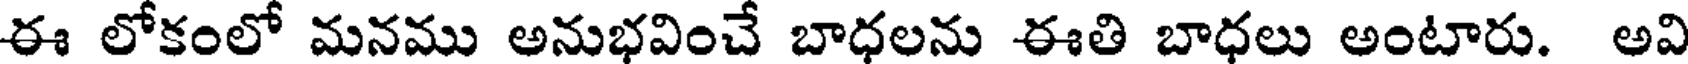
ఈ లోకంలో మనము అనుభవించే బాధలను ఈతి బాధలు అంటారు. అవి